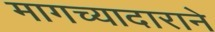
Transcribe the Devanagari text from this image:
मागच्यादाराने